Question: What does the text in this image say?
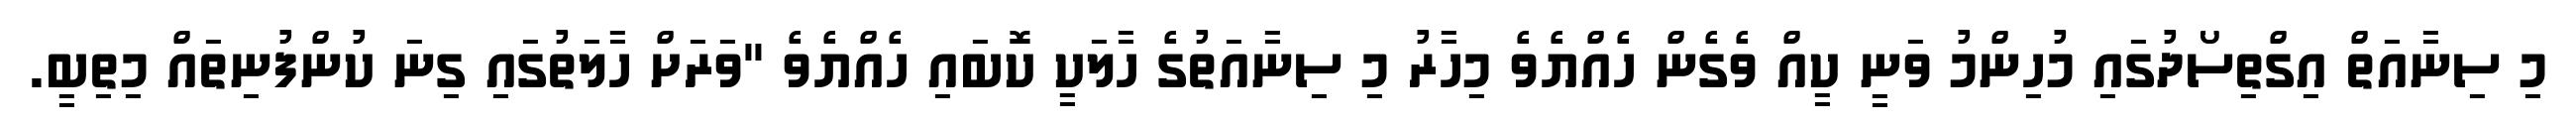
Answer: މި ސިނާއަތް އިގްތިސޯދުގައި މުހިންމު ވަނީ ކީއް ވެގެން ހެއްޔެވެ މިހާރު މި ސިނާއަތުގެ ހާލަކީ ކޮބައި ހެއްޔެވެ "ވަރަށް ހާލަތުގައި ގިނަ ކުންފުނިތައް މިތިބީ.